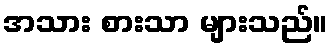
အသား စားသာ များသည်။